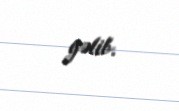
gəlib.